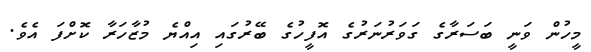
މީހުން ވަނީ ބަސަރާގެ ގަވަރުނަރުގެ އޮފީހުގެ ބޭރުގައި އިއްޔެ މުޒާހަރާ ކޮށްފަ އެވެ.